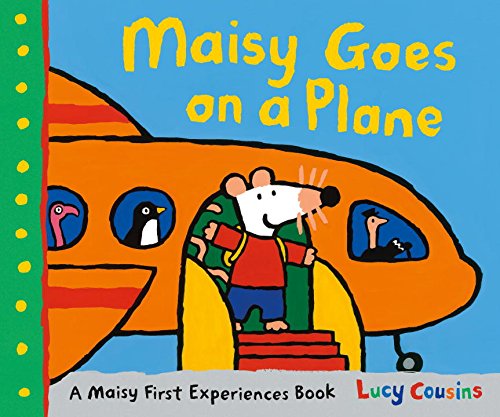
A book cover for Maisy Goes on a Plane; Lucy Cousins; Children's Books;